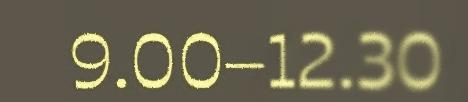
9.00–12.30